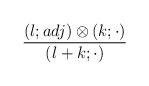
LaTeX: \begin{align*}{\frac{(l;adj)\otimes(k;\cdot)}{(l+k;\cdot)}}\end{align*}